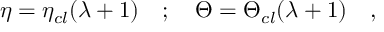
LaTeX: \eta = \eta _ { c l } ( \lambda + 1 ) \quad ; \quad \Theta = \Theta _ { c l } ( \lambda + 1 ) \quad ,